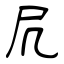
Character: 凥